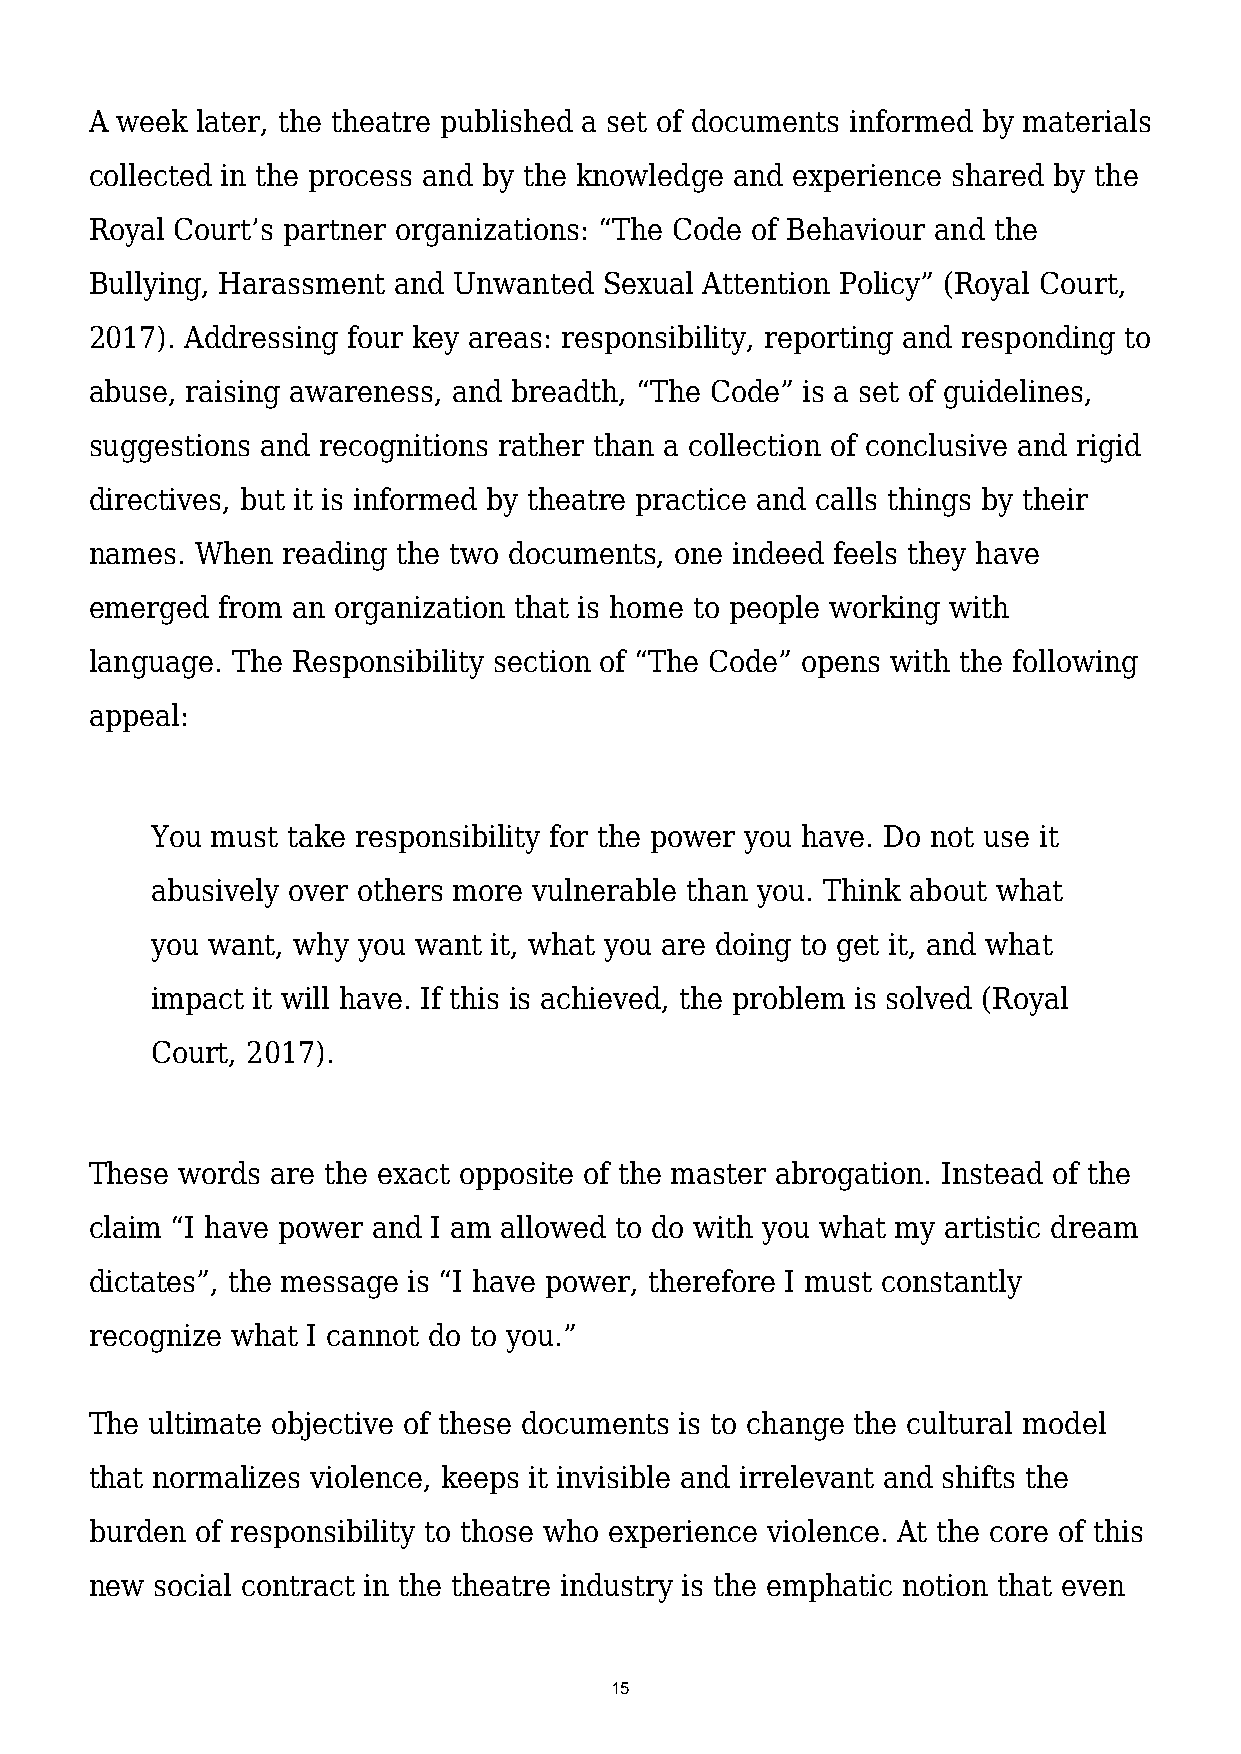
A week later, the theatre published a set of documents informed by materials
 collected in the process and by the knowledge and experience shared by the
 Royal Court’s partner organizations: “The Code of Behaviour and the
 Bullying, Harassment and Unwanted Sexual Attention Policy” (Royal Court,
 2017). Addressing four key areas: responsibility, reporting and responding to
 abuse, raising awareness, and breadth, “The Code” is a set of guidelines,
 suggestions and recognitions rather than a collection of conclusive and rigid
 directives, but it is informed by theatre practice and calls things by their
 names. When  reading the two documents, one indeed feels they have
 emerged from an organization that is home to people working with
 language. The Responsibility section of “The Code” opens with the following
 appeal:
 You must take responsibility for the power you have. Do not use it
 abusively over others more vulnerable than you. Think about what
 you want, why you want it, what you are doing to get it, and what
 impact it will have. If this is achieved, the problem is solved (Royal
 Court, 2017).
 These words are the exact opposite of the master abrogation. Instead of the
 claim “I have power and I am allowed to do with you what my artistic dream
 dictates”, the message is “I have power, therefore I must constantly
 recognize what I cannot do to you.”
 The ultimate objective of these documents is to change the cultural model
 that normalizes violence, keeps it invisible and irrelevant and shifts the
 burden of responsibility to those who experience violence. At the core of this
 new social contract in the theatre industry is the emphatic notion that even
 15